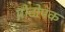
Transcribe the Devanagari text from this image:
प्रोटोपंक